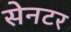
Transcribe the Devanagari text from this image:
सेनटर